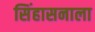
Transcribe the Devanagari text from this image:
सिंहासनाला